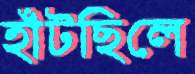
হাঁটছিলে